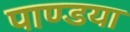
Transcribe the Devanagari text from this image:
पाण्डया